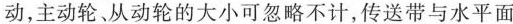
动，主动轮、从动轮的大小可忽略不计，传送带与水平面